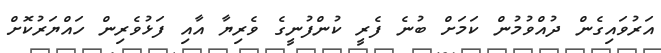
އަރުވައިގެން ދުއްވުމުން ކަމަށް ބުނެ ފެރީ ކުންފުނީގެ ވެރިޔާ އާއި ފަޅުވެރިން ހައްޔަރުކޮށް